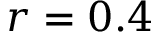
r = 0 . 4